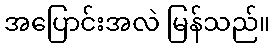
အပြောင်းအလဲ မြန်သည်။